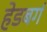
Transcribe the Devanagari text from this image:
हेडबर्ग